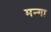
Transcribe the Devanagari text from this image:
मन्गा